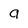
Character: a